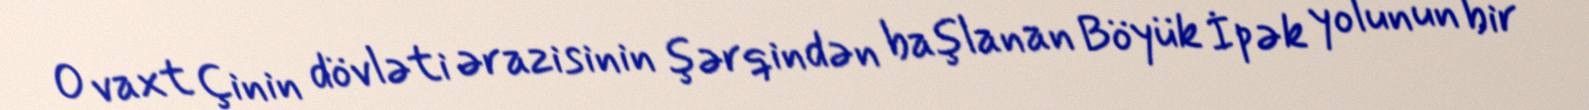
O vaxt Çinin dövləti ərazisinin şərqindən başlanan Böyük İpək yolunun bir